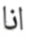
انا